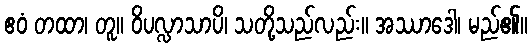
ဧဝံ တထာ၊ တူ။ ဝိပလ္လာသာပိ၊ သတို့သည်လည်း။ အဿာဒေါ၊ မည်၏။